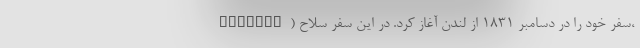
Fitzroy) سفر خود را در دسامبر ۱۸۳۱ از لندن آغاز کرد. در این سفر سلاح،